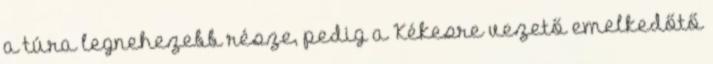
a túra legnehezebb része, pedig a Kékesre vezető emelkedőtő